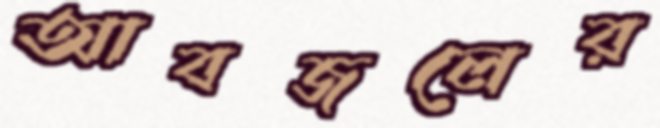
আবজলের